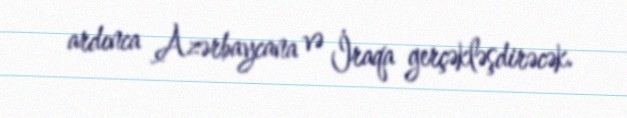
ardınca Azərbaycana və İraqa gerçəkləşdirəcək.